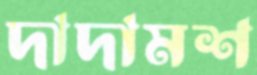
দাদামশ